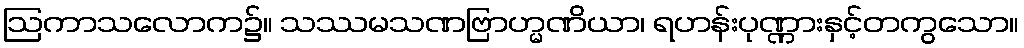
ဩကာသလောက၌။ သဿမသဏဗြာဟ္မဏိယာ၊ ရဟန်းပုဏ္ဏားနှင့်တကွသော။